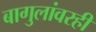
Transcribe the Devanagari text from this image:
बागुलांवरही